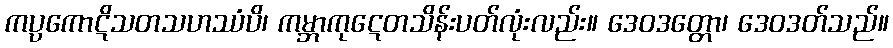
ကပ္ပကောဋိသတသဟဿံပိ၊ ကမ္ဘာကုဋေတသိန်းပတ်လုံးလည်း။ ဒေဝဒတ္တော၊ ဒေဝဒတ်သည်။